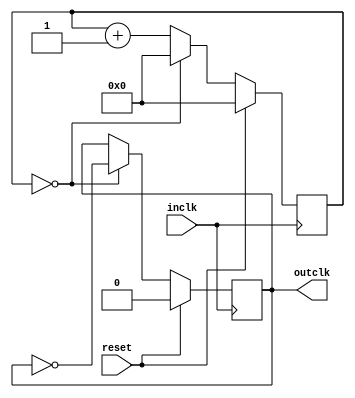
`timescale 1ns / 1ps
//////////////////////////////////////////////////////////////////////////////////
// Company: 
// Engineer: 
// 
// Design Name: 
// Module Name: alt_divider
// Project Name: 
// Target Devices: 
// Tool Versions: 
// Description: 
// 
// Dependencies: 
// 
// Revision:
// Revision 0.01 - File Created
// Additional Comments:
// 
//////////////////////////////////////////////////////////////////////////////////


module alt_divider(
input wire reset,
input wire inclk,
output reg outclk=0
    );
    parameter DIV_RATE = 2;
    parameter LOGLENGTH=31;
    reg [LOGLENGTH:0] count=0;
    always @(posedge inclk)
    begin
    if (reset)
        begin
        count <=0;
        outclk<=0;
        end
    else if (count == ((DIV_RATE/2)-1))
        begin
        count <= 0;
        outclk <= ~outclk;
        end
    else
        begin
        count <= count + 1;
        end
    end
endmodule